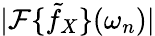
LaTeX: |\mathcal F\{ \tilde{f}_{X}\} (\omega_{n})|